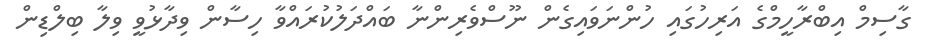
ގާސިމް އިބްރާހީމްގެ އަރިހުގައި ހުންނަވައިގެން ނޫސްވެރިންނާ ބައްދަލުކުރައްވާ ހިސާން ވިދާޅުވީ ވިލާ ބިލްޑިން